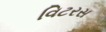
વિટરસ